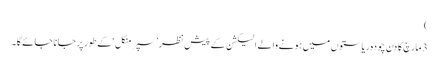
)
3 مارچ کا دن چودہ ریاستوں میں ہونے والے الیکشن کے پیش نظر ’سپر منگل ‘کے طور پر جانا جائے گا۔